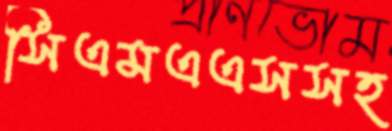
সিএমএএসসহ